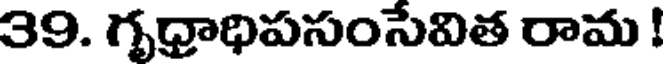
39. గృధ్రాధిపసంసేవిత రామ !